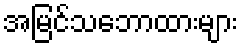
အမြင်သဘောထားများ